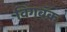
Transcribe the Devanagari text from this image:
विंगबॅक